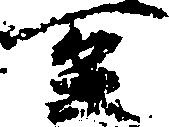
至